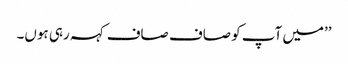
’’میں آپ کو صاف صاف کہہ رہی ہوں۔